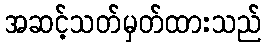
အဆင့်သတ်မှတ်ထားသည်